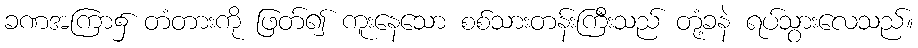
ခဏအကြာ၌ တံတားကို ဖြတ်၍ ကူးနေသော စစ်သားတန်းကြီးသည် တုံ့ခနဲ ရပ်သွားလေသည်။